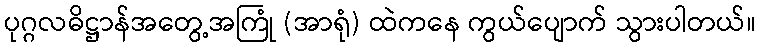
ပုဂ္ဂလဓိဋ္ဌာန်အတွေ့အကြုံ (အာရုံ) ထဲကနေ ကွယ်ပျောက် သွားပါတယ်။